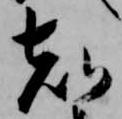
刻